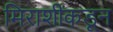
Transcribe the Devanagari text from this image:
मिराशींकडून